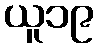
ယူ၁၉